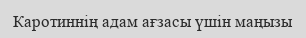
Каротиннің адам ағзасы үшін маңызы